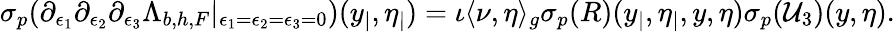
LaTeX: \begin{array}{r}{{{\sigma_{p}}}({\partial_{\epsilon_{1}}\partial_{\epsilon_{2}}\partial_{\epsilon_{3}}\Lambda_{b,h,F}|_{\epsilon_{1}=\epsilon_{2}=\epsilon_{3}=0}})(y_{|},\eta_{|})=\iota\langle\nu,\eta\rangle_{g}{\sigma_{p}}(R)(y_{|},\eta_{|},y,\eta){{\sigma_{p}}}(\mathcal{U}_{3})(y,\eta).}\end{array}